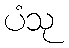
ပံသု